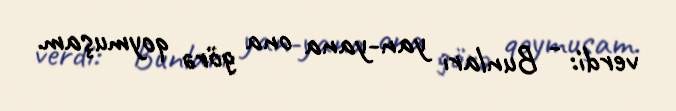
verdi: - Bunları yan-yana ona görə qoymuşam.